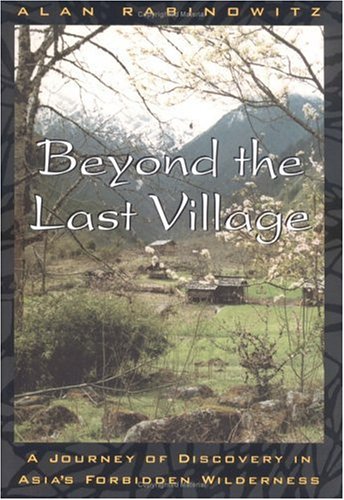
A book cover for Beyond the Last Village: A Journey Of Discovery In Asia's Forbidden Wilderness; Alan Rabinowitz; Travel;